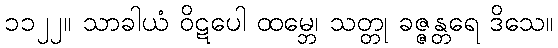
၁၁၂၂။ သာခါယံ ဝိဋပေါ ထမ္ဘေ၊ သတ္တု ခဇ္ဇန္တရေ ဒိသေ။